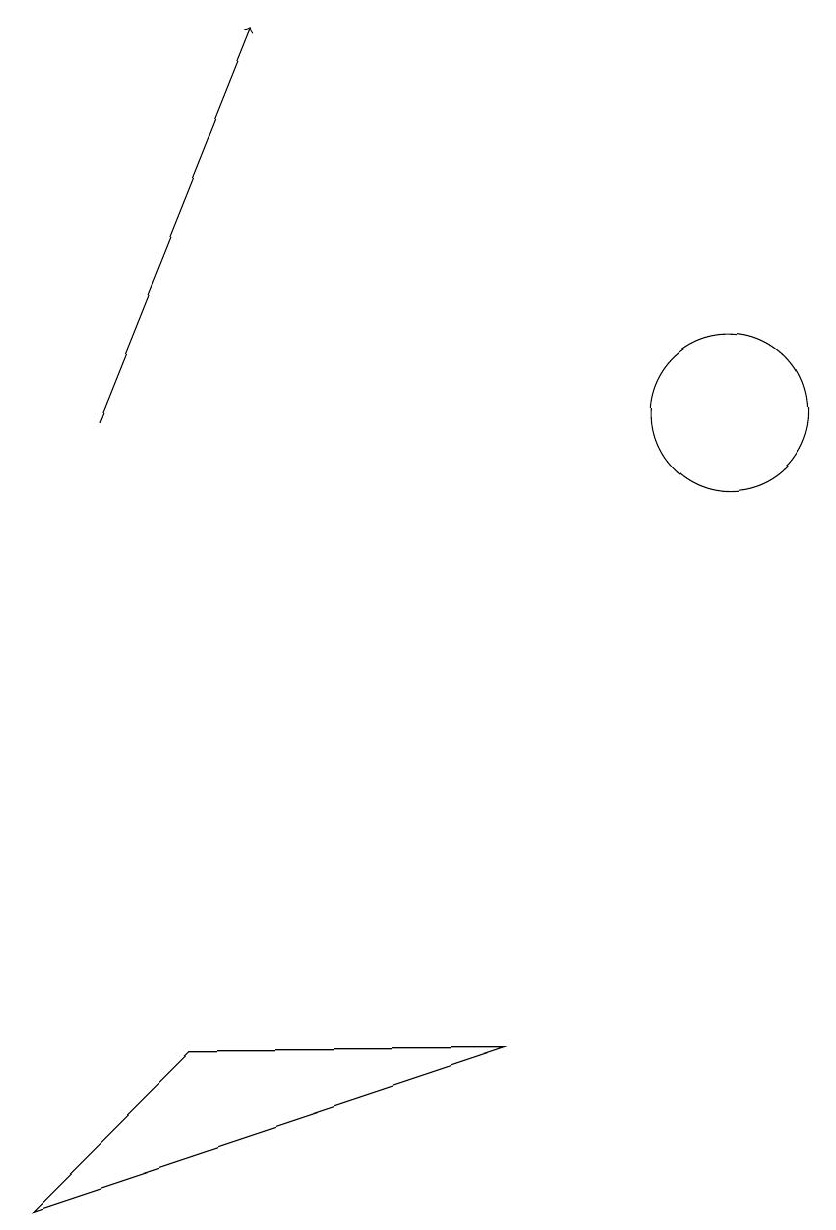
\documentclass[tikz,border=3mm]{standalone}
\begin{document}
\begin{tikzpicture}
\draw (12,11) circle (1);
\draw[->] (4,11) -- (6,16);
\draw (11,12) circle (0);
\draw (9,3) -- (3,1) -- (5,3) -- cycle;
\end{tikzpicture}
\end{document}